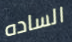
الساده